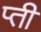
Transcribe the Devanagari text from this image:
प्ती